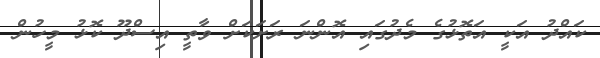
ކައްދު އަކީ އަތޮޅުގެ މެދުގައި އޮންނަ ރަށަކަށް ވާތީ އިސްދޫ ކޮޅު މީހުން